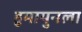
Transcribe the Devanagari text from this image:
हुमायुनला